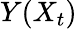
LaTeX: Y(X_{t})